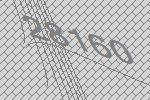
28160